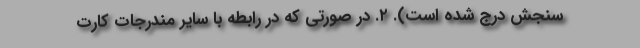
سنجش درج شده است). ۲. در صورتی که‌ در رابطه‌ با سایر مندرجات‌ کارت